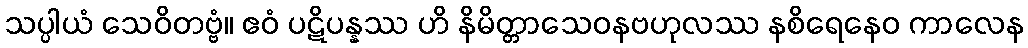
သပ္ပါယံ သေဝိတဗ္ဗံ။ ဧဝံ ပဋိပန္နဿ ဟိ နိမိတ္တာသေဝနဗဟုလဿ နစိရေနေဝ ကာလေန